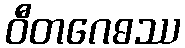
ဝီတဂေဓဿ